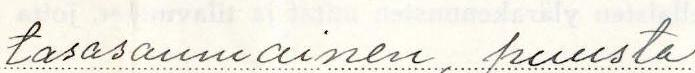
tasasaumainen, puusta